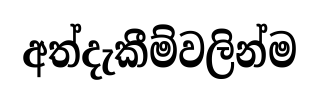
අත්දැකීම්වලින්ම